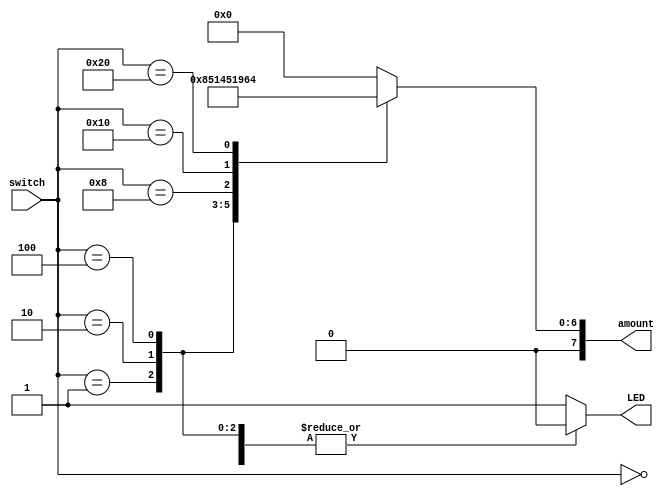
`timescale 1ns / 1ps
module ATM(
    input [5:0] switch,
    output [7:0] amount,
    output LED
    );
    
    reg [7:0] bill_amount = 8'b00000000;
    
    always @(switch)
    begin
        case(switch) //amount depends upon the switch
            1: bill_amount = 8'b00000001; // $1, if sw[0] is high
            2: bill_amount = 8'b00000101; // $5, if sw[1] is high
            4: bill_amount = 8'b00001010; // $10, if sw[2] is high
            8: bill_amount = 8'b00010100; // $20
            16: bill_amount = 8'b00110010; // $50
            32: bill_amount = 8'b01100100; // $100, if sw[5] is high
            default: bill_amount = 8'b00000000; // $0
        endcase
    end
    
    assign amount = bill_amount;
    
    reg active = 1'b0;
    
    always @(switch)
    begin
        case(switch)
            0: active = 1'b0;
            1: active = 1'b0;
            2: active = 1'b0;
            4: active = 1'b0;
            8: active = 1'b0;
            16: active = 1'b0;
            32: active = 1'b0;
            default: active =1'b1;
        endcase
    end
    
    assign LED = active;
    
endmodule